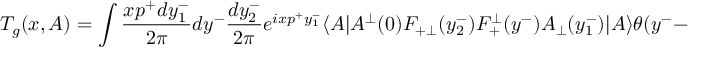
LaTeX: T _ { g } ( x , A ) = \int \frac { x p ^ { + } d y _ { 1 } ^ { - } } { 2 \pi } d y ^ { - } \frac { d y _ { 2 } ^ { - } } { 2 \pi } e ^ { i x p ^ { + } y _ { 1 } ^ { - } } \langle A | A ^ { \bot } ( 0 ) F _ { + \bot } ( y _ { 2 } ^ { - } ) F _ { + } ^ { \bot } ( y ^ { - } ) A _ { \bot } ( y _ { 1 } ^ { - } ) | A \rangle \theta ( y ^ { - } - y _ { 1 } ^ { - } ) \theta ( y _ { 2 } ^ { - } ) ,